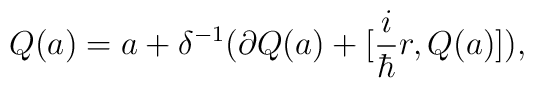
Q(a) = a + \delta^{-1} ( \partial Q(a) + [ \frac{i}{\hbar} r, Q(a)] ) ,